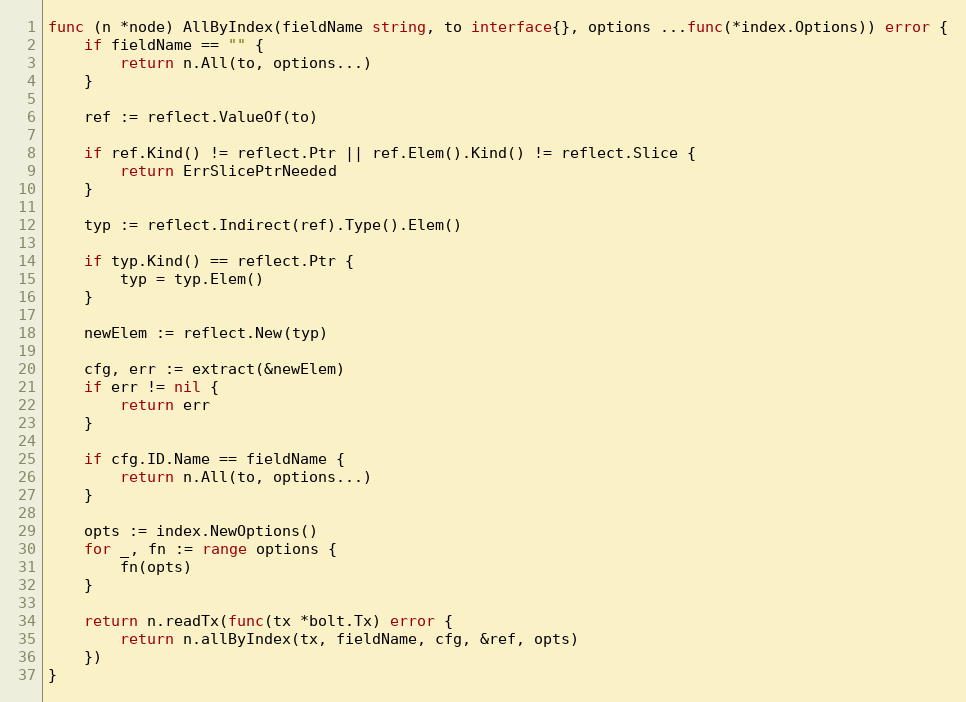
Language: Go
func (n *node) AllByIndex(fieldName string, to interface{}, options ...func(*index.Options)) error {
	if fieldName == "" {
		return n.All(to, options...)
	}

	ref := reflect.ValueOf(to)

	if ref.Kind() != reflect.Ptr || ref.Elem().Kind() != reflect.Slice {
		return ErrSlicePtrNeeded
	}

	typ := reflect.Indirect(ref).Type().Elem()

	if typ.Kind() == reflect.Ptr {
		typ = typ.Elem()
	}

	newElem := reflect.New(typ)

	cfg, err := extract(&newElem)
	if err != nil {
		return err
	}

	if cfg.ID.Name == fieldName {
		return n.All(to, options...)
	}

	opts := index.NewOptions()
	for _, fn := range options {
		fn(opts)
	}

	return n.readTx(func(tx *bolt.Tx) error {
		return n.allByIndex(tx, fieldName, cfg, &ref, opts)
	})
}